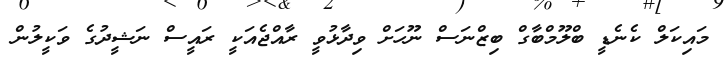
މައިކަލް ކެނެޑީ ބްލޫމްބާގް ބިޒްނަސް ނޫހަށް ވިދާޅުވީ ރާއްޖެއަކީ ރައީސް ނަޝީދުގެ ވަކީލުން